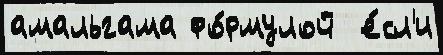
амальгама фо́рмулой  е́сл'и